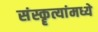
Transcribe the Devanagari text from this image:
संस्कॄत्यांमध्ये